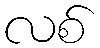
လစ်